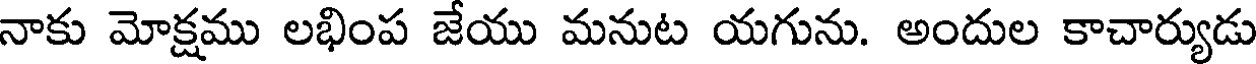
నాకు మోక్షము లభింప జేయు మనుట యగును. అందుల కాచార్యుడు